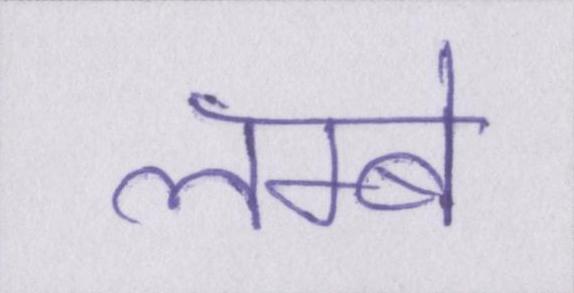
लम्बे